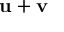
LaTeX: \mathbf { u } + \mathbf { v }